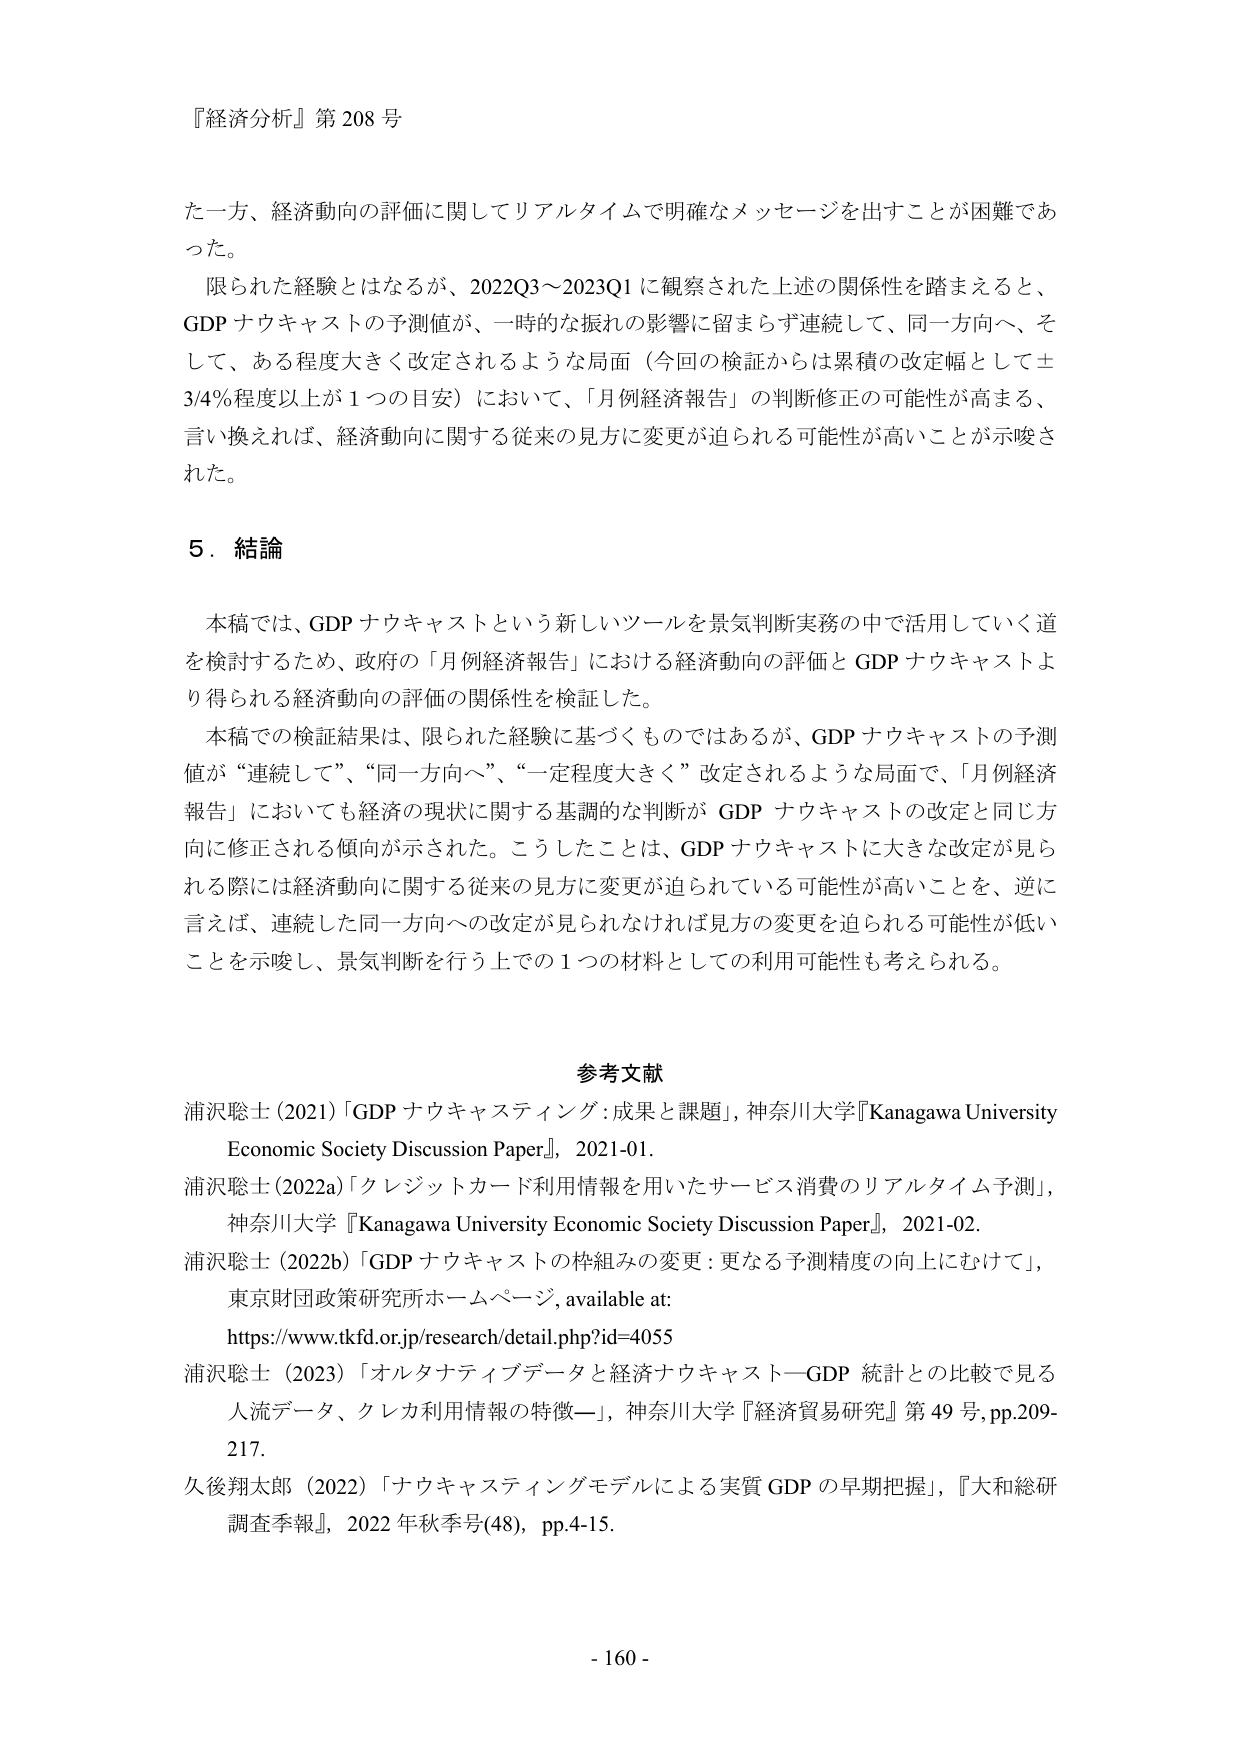
『経済分析』第 208 号

た一方、経済動向の評価に関してリアルタイムで明確なメッセージを出すことが困難であった。

限られた経験とはなるが、2022Q3～2023Q1 に観察された上述の関係性を踏まえると、GDP ナウキャストの予測値が、一時的な振れの影響に留まらず連続して、同一方向へ、そして、ある程度大きく改定されるような局面（今回の検証からは累積の改定幅として±3/4%程度以上が 1 つの目安）において、「月例経済報告」の判断修正の可能性が高まる、言い換えれば、経済動向に関する従来の見方に変更が迫られる可能性が高いことが示唆された。

5．結論

本稿では、GDP ナウキャストという新しいツールを景気判断実務の中で活用していく道を検討するため、政府の「月例経済報告」における経済動向の評価と GDP ナウキャストより得られる経済動向の評価の関係性を検証した。

本稿での検証結果は、限られた経験に基づくものではあるが、GDP ナウキャストの予測値が“連続して”、“同一方向へ”、“一定程度大きく”改定されるような局面で、「月例経済報告」においても経済の現状に関する基調的な判断が GDP ナウキャストの改定と同じ方向に修正される傾向が示された。こうしたことは、GDP ナウキャストに大きな改定が見られる際には経済動向に関する従来の見方に変更が迫られている可能性が高いことを、逆に言えば、連続した同一方向への改定が見られなければ見方の変更が迫られる可能性が低いことを示唆し、景気判断を行う上での 1 つの材料としての利用可能性も考えられる。

参考文献

浦沢聡士（2021）「GDP ナウキャスティング：成果と課題」，神奈川大学『Kanagawa University Economic Society Discussion Paper』，2021-01．

浦沢聡士（2022a）「クレジットカード利用情報を用いたサービス消費のリアルタイム予測」，神奈川大学『Kanagawa University Economic Society Discussion Paper』，2021-02．

浦沢聡士（2022b）「GDP ナウキャストの枠組みの変更：更なる予測精度の向上にむけて」，東京財団政策研究所ホームページ，available at: https://www.tkfd.or.jp/research/detail.php?id=4055

浦沢聡士（2023）「オルタナティブデータと経済ナウキャスト—GDP 統計との比較で見る人流データ、クレカ利用情報の特徴—」，神奈川大学『経済貿易研究』第 49 号，pp.209-217．

久後翔太郎（2022）「ナウキャスティングモデルによる実質 GDP の早期把握」，『大和総研調査季報』，2022 年秋季号(48)，pp.4-15．

- 160 -